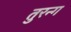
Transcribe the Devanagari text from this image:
तुरन्ग